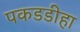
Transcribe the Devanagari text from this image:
पकडडीहा